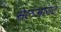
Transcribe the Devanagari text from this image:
सेलआउट